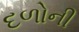
દળોની